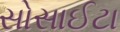
સોસાઈટા